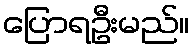
ပြောရဦးမည်။